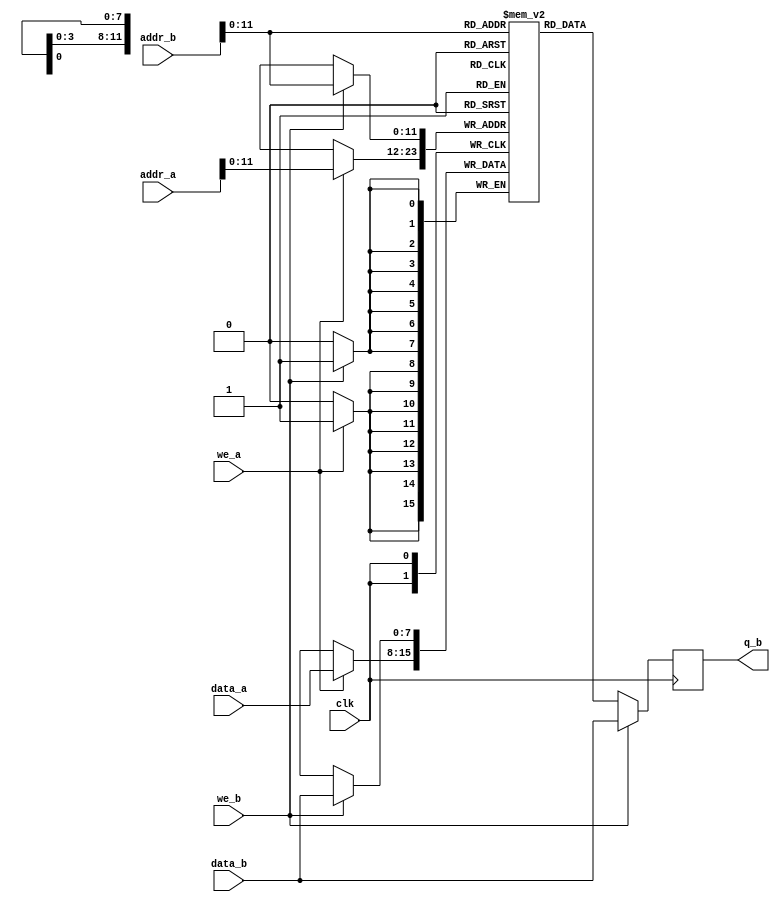
//module img_out_ram		// 13 bit addressing 6500 bytes - 80 x 80 image max(6400 bytes)
//(
//	input [7:0] data,
//	input [12:0] addr,
//	input we, clk,
//	output [7:0] q
//);
//
//	// Declare the RAM variable
//	reg [7:0] ram[6499:0];//'{default:'0};
//
//	// Variable to hold the registered read address
//	reg [12:0] addr_reg;
//	
//	// Specify the initial contents.  You can also use the $readmemb
//	// system task to initialize the RAM variable from a text file.
//	// See the $readmemb template page for details.
//	
//	// ***************** could not initiate max iterations was reached
//	
//	/*initial 
//	begin : INIT
//		integer i;
//		for(i = 0; i < 256; i = i + 1)
//			ram[i] = {8{1'b1}};
//	end */
//
//	always @ (posedge clk)				// CHANGE TO NEGEDGE FROM POS EDGE IF NOT ENOUGH TIME
//	begin
//		// Write
//		if (we)
//			ram[addr] <= data;
//
//		addr_reg <= addr;
//	end
//
//	// Continuous assignment implies read returns NEW data.
//	// This is the natural behavior of the TriMatrix memory
//	// blocks in Single Port mode.  
//	assign q = ram[addr_reg];
//
//endmodule

module img_out_ram//_single_clock
//#(parameter DATA_WIDTH=8, parameter ADDR_WIDTH=8)
(
	input [7:0] data_a, data_b,
	input [12:0] addr_a, addr_b,
	input we_a, we_b, clk,
	output reg [7:0] /*q_a,*/ q_b
);

	// Declare the RAM variable
	reg [7:0] ram[2499:0];

	// Port A 
	always @ (posedge clk)
	begin
		if (we_a) 
		begin
			ram[addr_a] <= data_a;
			//q_a <= data_a;
		end
		//else 
		//begin
			//q_a <= ram[addr_a];
		//end 
	end 

	// Port B 
	always @ (posedge clk)
	begin
		if (we_b) 
		begin
			ram[addr_b] <= data_b;
			q_b <= data_b;
		end
		else 
		begin
			q_b <= ram[addr_b];
		end 
	end

endmodule